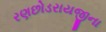
રણછોડરાયજીના